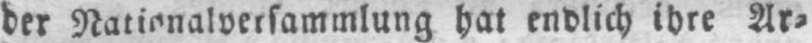
der Nationalversammlung hat endlich ihre Ar⸗